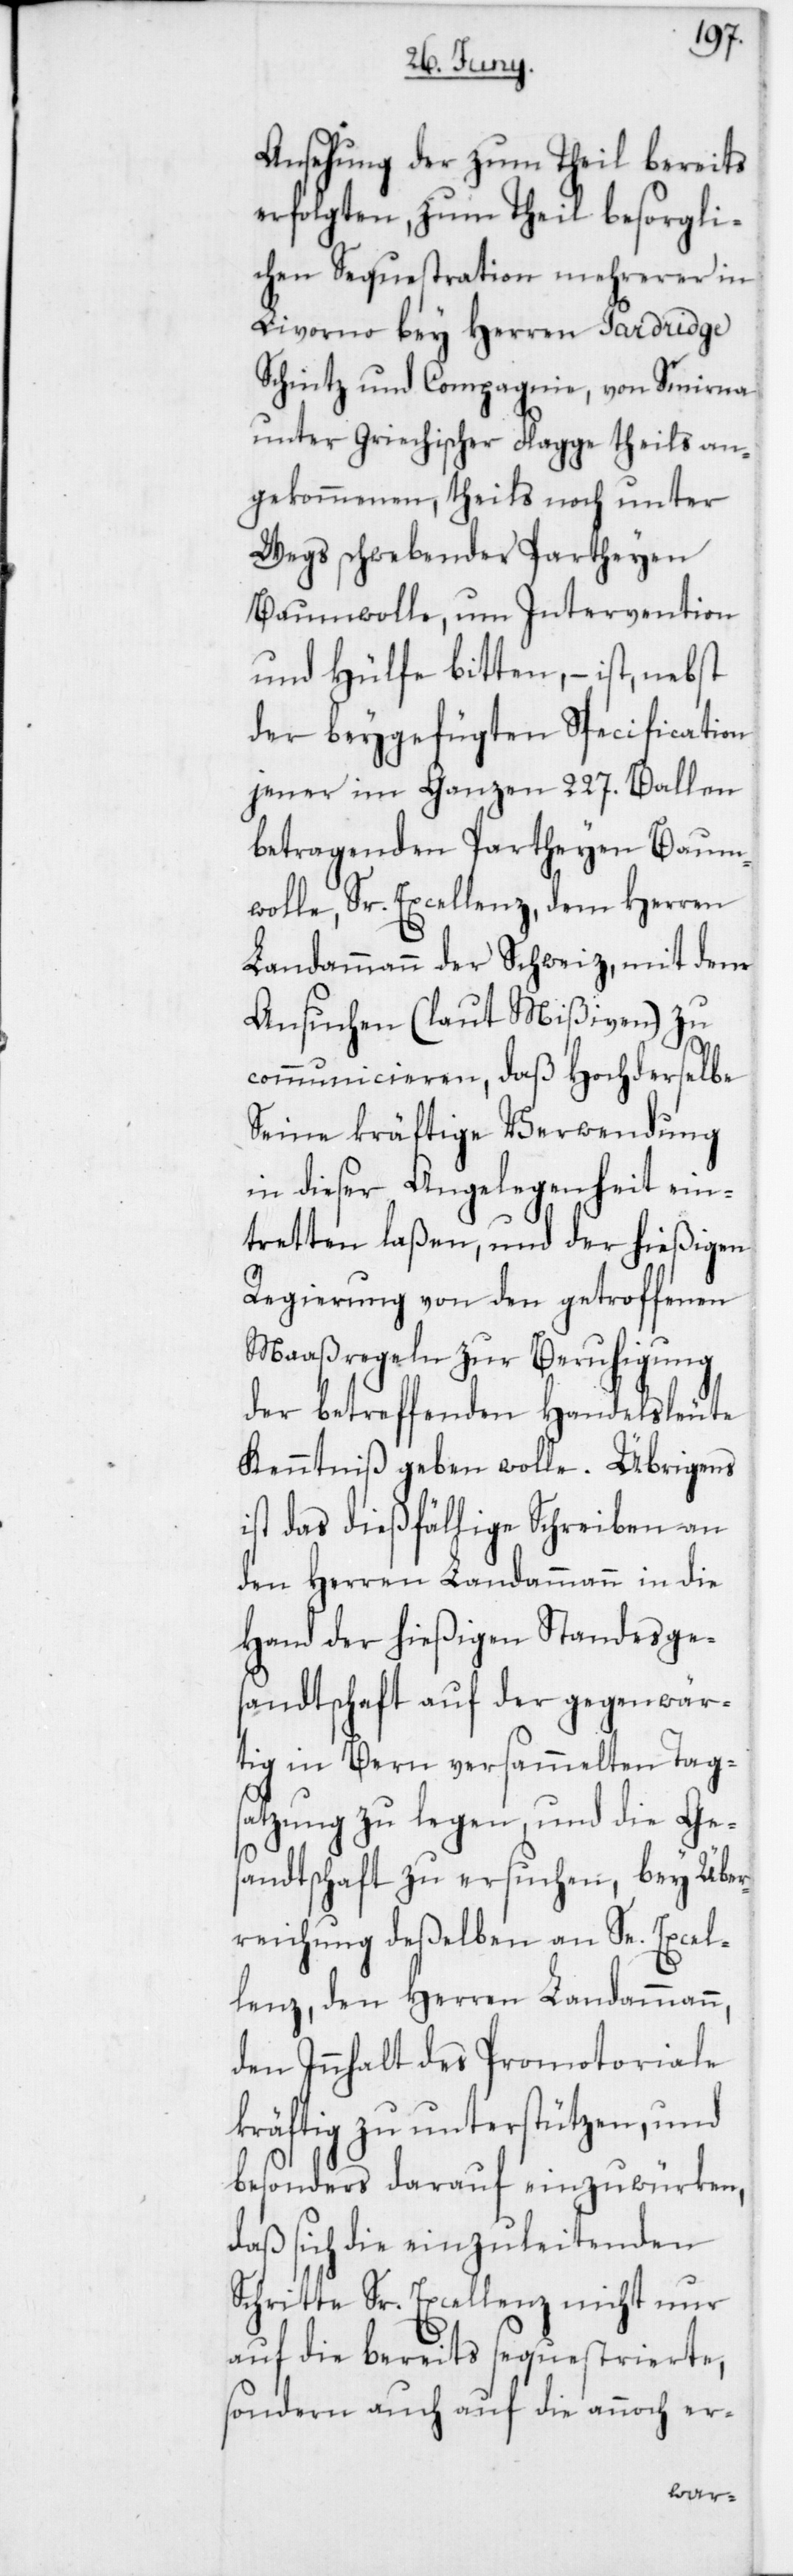
Ansehung der zum Theil bereits
erfolgten, zum Theil besorgli¬
chen Sequestration mehrerer in
Livorno bey Herren Pardridge
Schintz und Compagnie, von Smirna
unter Griechischer Flagge theils an¬
gekommenen, theils noch unter
Wegs schwebender Partheyen
Baumwolle, um Intervention
und Hülfe bitten, – ist nebst
der beygefügten Specification
jener im Ganzen 227. Ballen
betragenden Partheyen Baum¬
wolle, Sr. Excellenz dem Herren
Landammann der Schweiz, mit dem
Ansuchen (laut Mißiven) zu
communicieren, daß Hochderselbe
seine kräftige Verwendung
in dieser Angelegenheit ein¬
tretten laßen, und der hießigen
Regierung von den getroffenen
Maaßregeln zur Beruhigung
der betreffenden Handelsleute
Kenntniß geben wolle. Übrigens
ist das dießfällige Schreiben an
den Herren Landammann in die
Hand der hießigen Standesge¬
sandtschaft auf der gegenwär¬
tig in Bern versammelten Tags¬
atzung zu legen, und die Ges¬
andtschaft zu ersuchen, bey Über¬
reichung deßelben an Se. Excel¬
lenz den Herren Landammann,
den Innhalt des Promotoriale
kräftig zu unterstützen, und
besonders darauf einzuwürken,
daß sich die einzuleitenden
Schritte Sr. Excellenz nicht nur
auf die bereits sequestrierte,
sondern auch auf die annoch er-